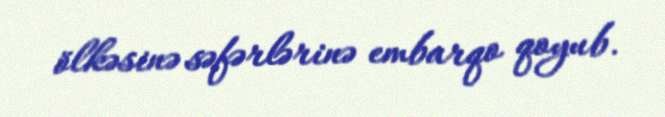
ölkəsinə səfərlərinə embarqo qoyub.